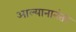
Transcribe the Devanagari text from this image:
आल्यानानंतर